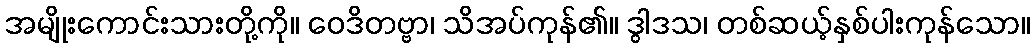
အမျိုးကောင်းသားတို့ကို။ ဝေဒိတဗ္ဗာ၊ သိအပ်ကုန်၏။ ဒွါဒသ၊ တစ်ဆယ့်နှစ်ပါးကုန်သော။